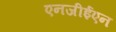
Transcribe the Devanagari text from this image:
एनजीईएन